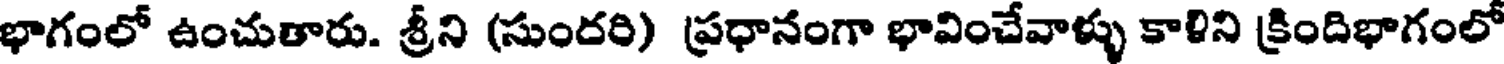
భాగంలో ఉంచుతారు. శ్రీని (సుందరి) ప్రధానంగా భావించేవాళ్ళు కాలిని క్రిందిభాగంలో